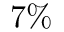
7 \%